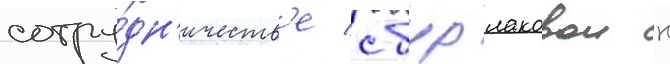
сотру́дн'ичеств'е с бурлаковои н